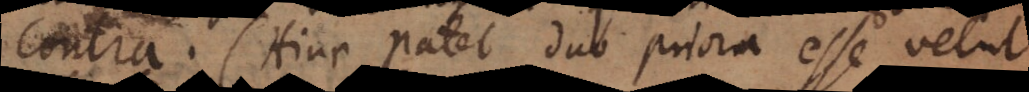
contra. (Hinc patet duo priora esse velut